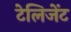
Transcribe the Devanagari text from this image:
टेलिजेंट